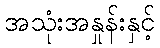
အသုံးအနှုန်းနှင့်